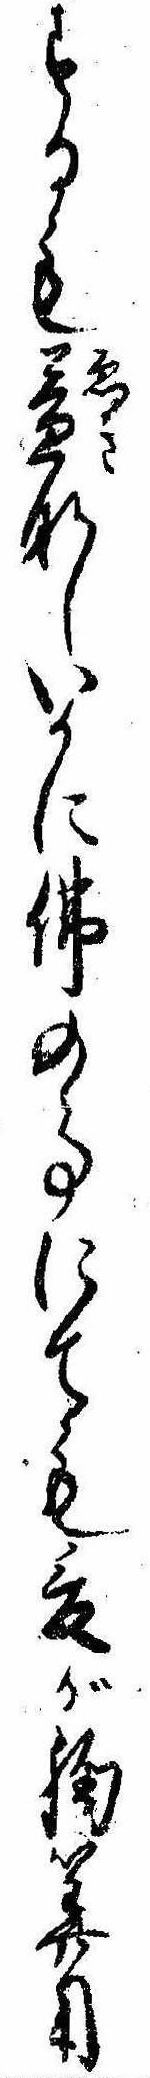
するも益なしいかに仏の事にても爰が胸算用